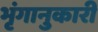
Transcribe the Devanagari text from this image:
भृंगानुकारी